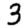
Digit: 3